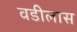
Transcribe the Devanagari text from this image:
वडीलास